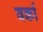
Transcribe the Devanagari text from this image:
वर्का